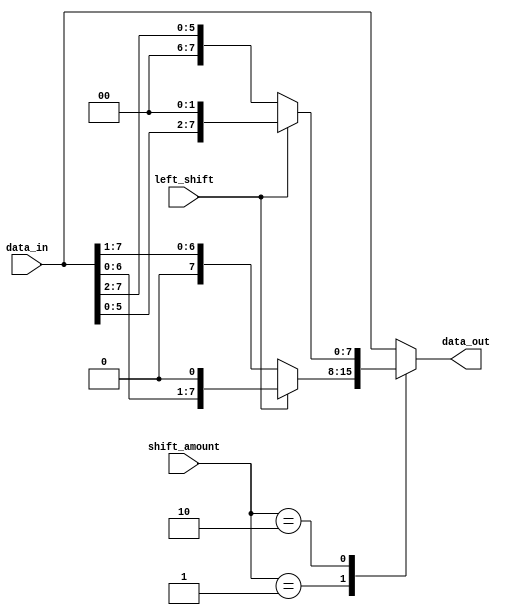
module sparse_barrel_shifter (
    input wire [7:0] data_in,
    input wire [3:0] shift_amount,
    input wire left_shift,
    output reg [7:0] data_out
);

always @(*) begin
    case (shift_amount)
        4'b0000: data_out = data_in; // no shift
        4'b0001: data_out = left_shift ? (data_in << 1) : (data_in >> 1);
        4'b0010: data_out = left_shift ? (data_in << 2) : (data_in >> 2);
        // add more cases for different shift amounts here
        default: data_out = data_in;
    endcase
end

endmodule